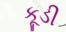
કૂડી